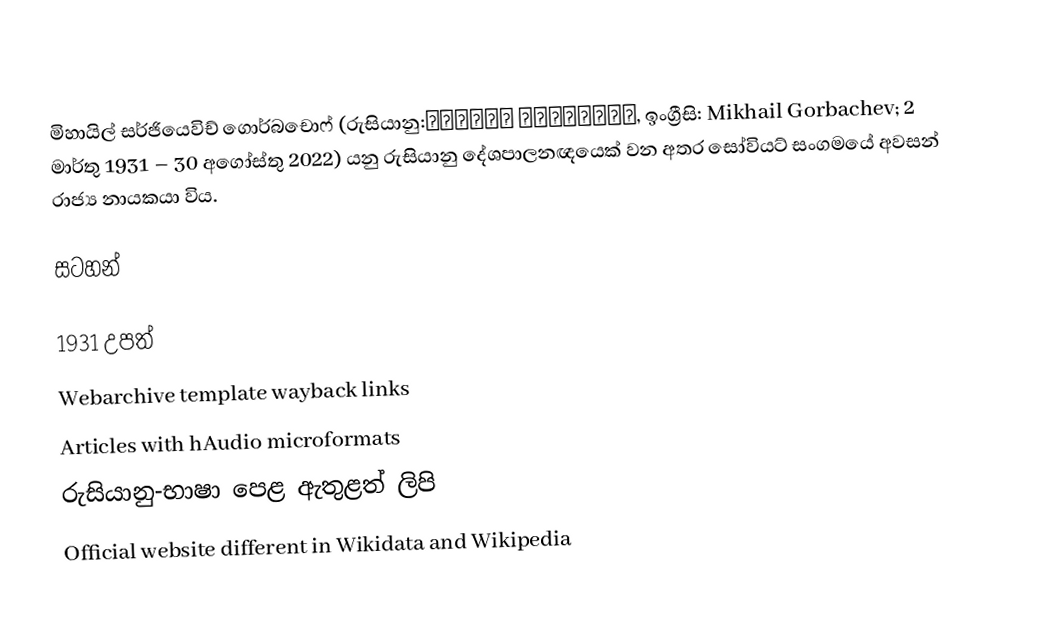
මිහායිල් සර්ජියෙවිච් ගොර්බචොෆ් (රුසියානු:Михаил Горбачёв, ඉංග්‍රීසි: Mikhail Gorbachev; 2 මාර්තු 1931 – 30 අගෝස්තු 2022) යනු රුසියානු දේශපාලනඥයෙක් වන අතර සෝවියට් සංගමයේ අවසන් රාජ්‍ය නායකයා විය.

සටහන්

1931 උපත්
Webarchive template wayback links
Articles with hAudio microformats
රුසියානු-භාෂා පෙළ ඇතුළත් ලිපි
Official website different in Wikidata and Wikipedia